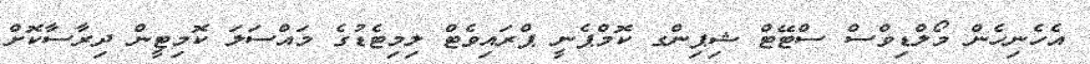
އެހެނިހެން މޯލްޑިވްސް ސްޓޭޓް ޝިޕިންގ ކޮމްޕެނީ ޕްރައިވެޓް ލިމިޓެޑުގެ މައްސަލަ ކޮމިޓީން ދިރާސާކޮށް